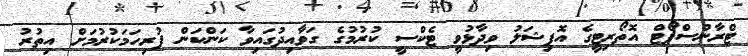
ޓްރާންސްޕޯޓް އޮތޯރިޓީގެ އޮފިޝަލު ވިދާޅުވީ ޓެކްސީ ކުރުމުގެ ގަވާއިދުގައިވާ ކަންކަން ފުރިހަމަކުރުމަށް އިތުރު